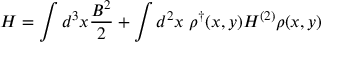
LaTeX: H = \int d ^ { 3 } x \frac { B ^ { 2 } } { 2 } + \int d ^ { 2 } x \; \rho ^ { \dag } ( x , y ) H ^ { ( 2 ) } \rho ( x , y )